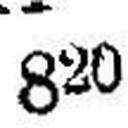
820